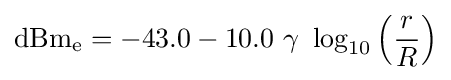
\mathrm {dBm_{e}} =-43.0-10.0\ \gamma \ \log _{10}\left({\frac {r}{R}}\right)